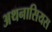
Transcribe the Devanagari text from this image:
अथनासियस